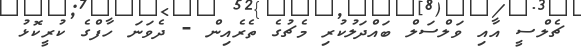
ޗެލްސީ އާއި ވަލްސަލް ބައްދަލުކުރި މެޗުގެ ތެރެއިން - ދެވަނަ ހާފްގެ ކުރީކޮޅު